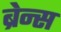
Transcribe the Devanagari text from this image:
ब्रेन्स